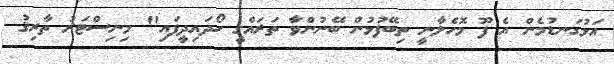
އަޅުގަނޑުމެން އެ ފޫ މޮހެލާނީ ތިބޭފުޅުން ބޭނުންވާ ތަރައްގީ ހޯދައިދީފައި" މިނިސްޓަރު ތާރިޤު